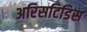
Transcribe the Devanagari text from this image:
अरिसटिडिस